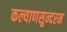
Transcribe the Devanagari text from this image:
कल्याणसुन्दरम